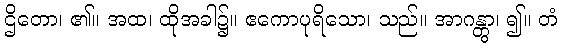
ဌိတော၊ ၏။ အထ၊ ထိုအခါ၌။ ဧကောပုရိသော၊ သည်။ အာဂန္တွာ၊ ၍။ တံ